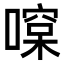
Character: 𠾯